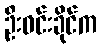
ဦးဝင်းခိုင်က